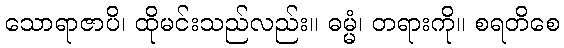
သောရာဇာပိ၊ ထိုမင်းသည်လည်း။ ဓမ္မံ၊ တရားကို။ စရတိစေ